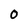
Character: O